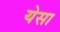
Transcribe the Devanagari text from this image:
येसा